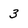
Character: 3